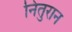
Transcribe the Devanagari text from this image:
नितुरान